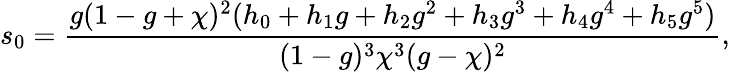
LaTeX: {s}_{0}=\frac{g(1-g+\chi)^{2}(h_{0}+h_{1}g+h_{2}g^{2}+h_{3}g^{3}+h_{4}g^{4}+h_{5}g^{5})}{(1-g)^{3}\chi^{3}(g-\chi)^{2}},